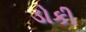
ડોકી